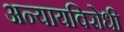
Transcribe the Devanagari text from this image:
अन्यायविरोधी